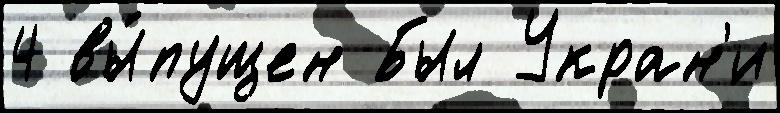
4 вы́пущен Был Укран'и